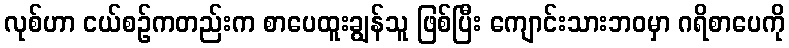
လုစ်ဟာ ငယ်စဉ်ကတည်းက စာပေထူးချွန်သူ ဖြစ်ပြီး ကျောင်းသားဘဝမှာ ဂရိစာပေကို